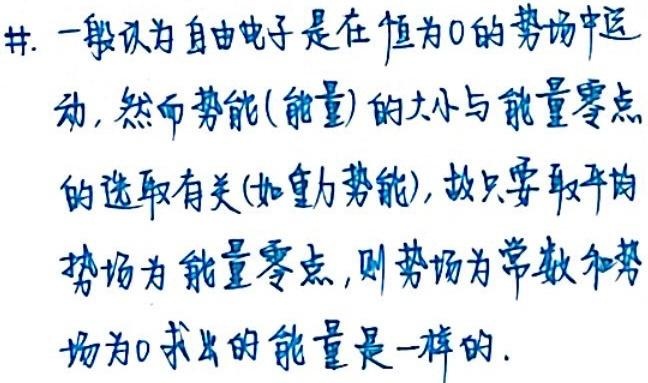
#. 一般认为自由电子是在恒为0的势场中运
动, 然而势能(能量)的大小与能量零点
的选取有关(如重力势能), 故只要取平均
势场为能量零点, 则势场为常数和势
场为0求出的能量是一样的.